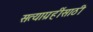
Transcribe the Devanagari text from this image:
सत्याग्रहींसाठी